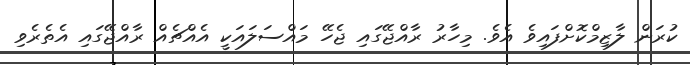
ކުރަން ލާޒިމްކޮށްފައިވެ އެވެ. މިހާރު ރާއްޖޭގައި ޖެހޭ މައްސަލައަކީ އެއްޗެއް ރާއްޖޭގައި އެތެރެވި